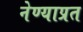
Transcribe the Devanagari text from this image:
नेण्याप्रत